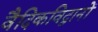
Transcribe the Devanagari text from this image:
वैदिकविद्वानों